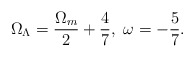
\begin{align*}\Omega_{\Lambda}=\frac{\Omega_m}{2}+\frac{4}{7},\ \omega =-\frac{5}{7}.\end{align*}